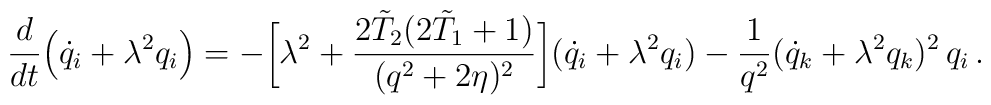
\frac{d}{dt}\Bigl(\dot q_i+\lambda^2 q_i\Bigr)=-\biggl[\lambda^2+\frac{2\tilde T_2(2\tilde T_1+1)}{(q^2+2\eta)^2}\biggr](\dot q_i+\lambda^2 q_i)-\frac{1}{q^2}(\dot q_k+\lambda^2q_k)^2\,q_i\,.